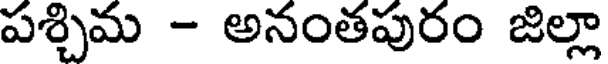
పశ్చిమ - అనంతపురం జిల్లా